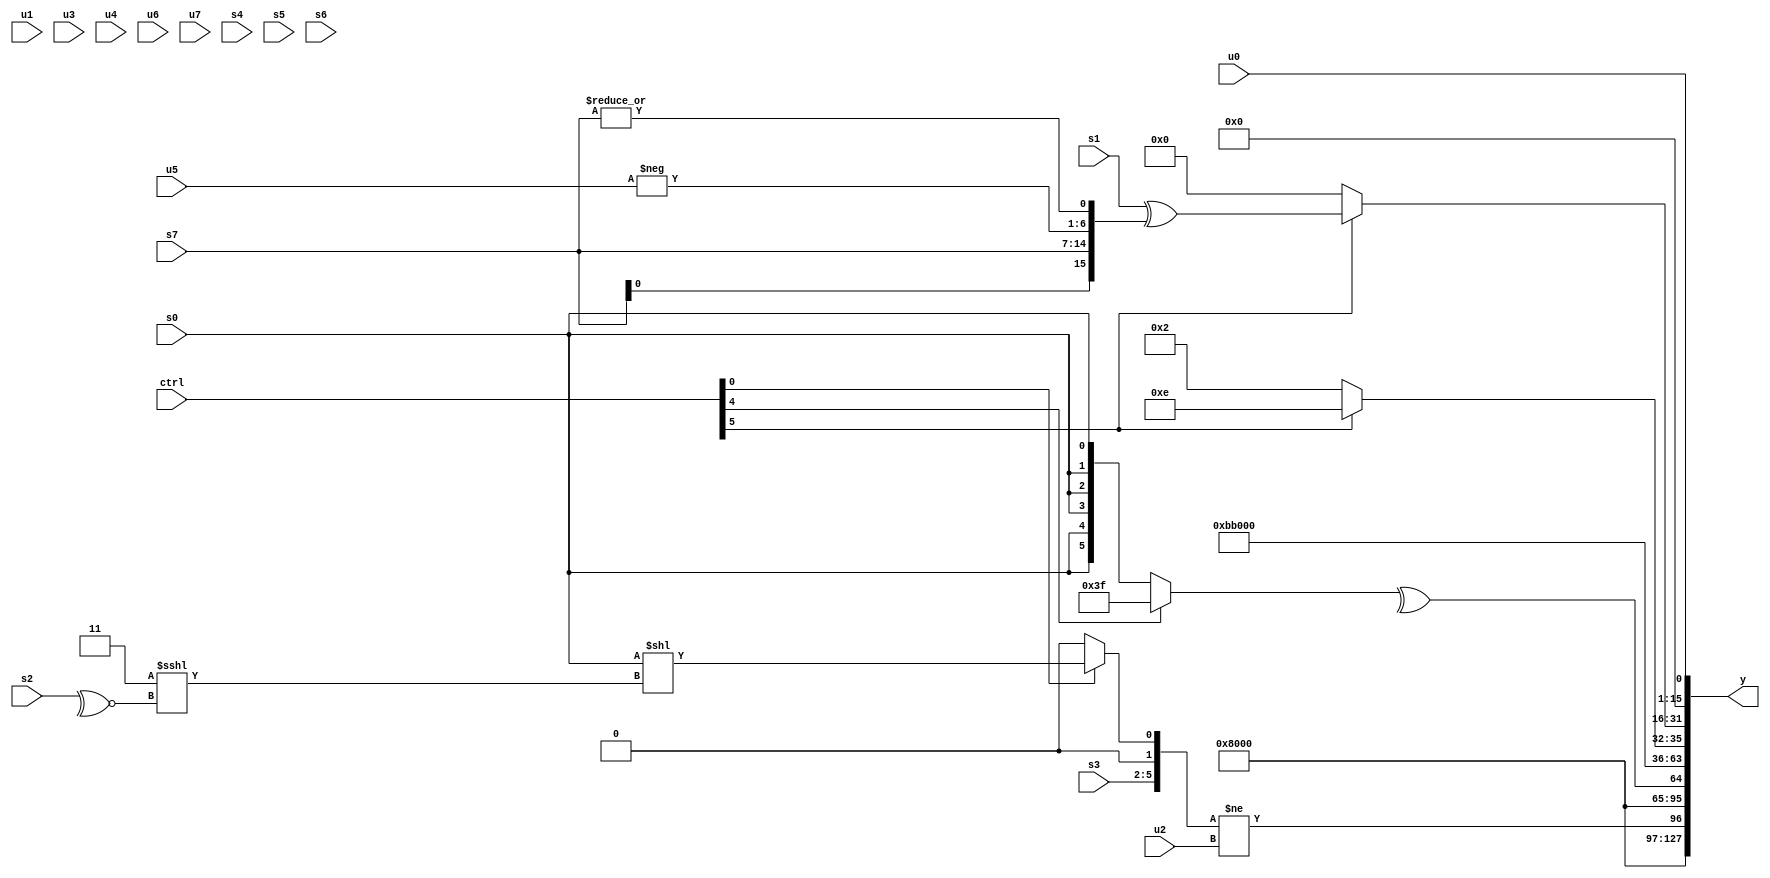
module wideexpr_00418(ctrl, u0, u1, u2, u3, u4, u5, u6, u7, s0, s1, s2, s3, s4, s5, s6, s7, y);
  input [7:0] ctrl;
  input [0:0] u0;
  input [1:0] u1;
  input [2:0] u2;
  input [3:0] u3;
  input [4:0] u4;
  input [5:0] u5;
  input [6:0] u6;
  input [7:0] u7;
  input signed [0:0] s0;
  input signed [1:0] s1;
  input signed [2:0] s2;
  input signed [3:0] s3;
  input signed [4:0] s4;
  input signed [5:0] s5;
  input signed [6:0] s6;
  input signed [7:0] s7;
  output [127:0] y;
  wire [15:0] y0;
  wire [15:0] y1;
  wire [15:0] y2;
  wire [15:0] y3;
  wire [15:0] y4;
  wire [15:0] y5;
  wire [15:0] y6;
  wire [15:0] y7;
  assign y = {y0,y1,y2,y3,y4,y5,y6,y7};
  assign y0 = |(3'sb011);
  assign y1 = ({+(s3),(ctrl[0]?$signed($signed(((s0)<<((2'b11)<<<(~^(s2))))^~((((1'sb0)^(3'sb011))&(1'sb1))>=(1'sb0)))):{2{{1{+(-(((1'sb1)<<<(s7))&(&(3'b110))))}}}})})!=(u2);
  assign y2 = $signed($signed(4'b0001));
  assign y3 = +(^((ctrl[4]?(1'sb1)|(+(6'sb111100)):+(s0))));
  assign y4 = {2{4'sb1011}};
  assign y5 = (ctrl[5]?$signed($signed(6'sb001110)):4'sb0010);
  assign y6 = (ctrl[5]?(s1)^($signed({s7,s7,-(u5),|(s7)})):$signed(($signed((5'sb11110)<(4'sb1100)))+(((s3)-(s0))<<({4{3'sb001}}))));
  assign y7 = u0;
endmodule